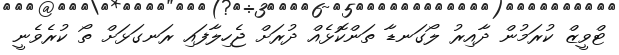
ޓްވީޒް ކުރަމުން ދާއިރު ލޯގަނޑާ ތަންކޮޅެއް ދުރަށް ޖެހިލާފައި ރަނގަޅަށް ތޯ ކުރެވެނީ